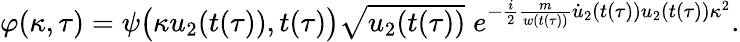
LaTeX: \begin{array}{r}{\varphi(\kappa,\tau)=\psi\big(\kappa u_{2}(t(\tau)),t(\tau)\big)\sqrt{u_{2}(t(\tau))}\; e^{-\frac{i}{2}\frac{m}{w(t(\tau))}\dot{u}_{2}(t(\tau))u_{2}(t(\tau))\kappa^{2}}.}\end{array}